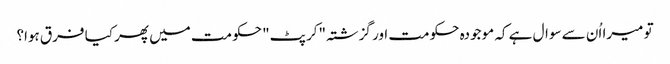
تو میرا اُن سے سوال ہے کہ موجودہ حکومت اور گزشتہ "کرپٹ" حکومت میں پھر کیا فرق ہوا؟